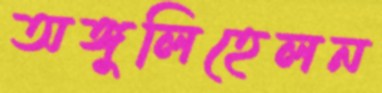
অঙ্গুলিহেলন